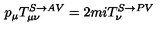
p _ { \mu } T _ { \mu \nu } ^ { S \rightarrow A V } = 2 m i T _ { \nu } ^ { S \rightarrow P V }